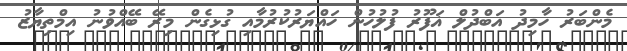
މެންބަރު ހާމިދު އަބްދުލް ޣަފޫރު ފުލުހުން ހައްޔަރުކުރުމާއި ގުޅިގެން މިރޭ ބޭއްވުނު އިމްތިޔާޒު